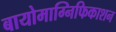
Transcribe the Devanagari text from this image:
बायोमाग्निफिकाशन